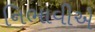
નિભાવીએ